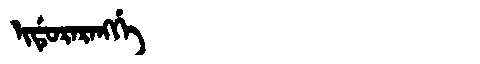
Manchu: ᡳᡩᡠᡵᠠᡵᠠᠩᡤᡝ
Romanization: IDURARANGGE